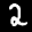
Label: 2